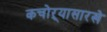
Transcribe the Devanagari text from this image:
कचोऱ्यासारखे